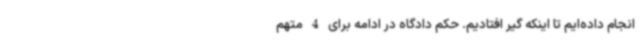
انجام داده‌ایم تا اینکه گیر افتادیم. حکم دادگاه در ادامه برای 4 متهم